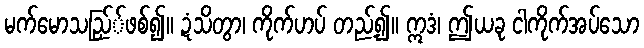
မက်မောသည်ြ်ဖစ်၍။ ဍံသိတွာ၊ ကိုက်ဟပ် တည့်၍။ ဣဒံ၊ ဤယခု ငါကိုက်အပ်သော